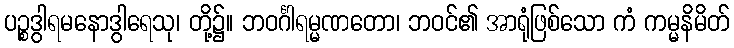
ပဉ္စဒွါရမနောဒွါရေသု၊ တို့၌။ ဘဝင်္ဂါရမ္မဏတော၊ ဘဝင်၏ အာရုံဖြစ်သော ကံ ကမ္မနိမိတ်